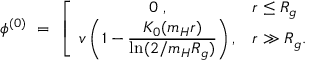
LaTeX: \phi ^ { ( 0 ) } \ = \ \left[ \begin{array} { c l } { { \displaystyle 0 \ , } } & { { r \le R _ { g } } } \\ { { \displaystyle v \left( 1 - \frac { K _ { 0 } ( m _ { H } r ) } { \ln ( 2 / m _ { H } R _ { g } ) } \right) , } } & { { r \gg R _ { g } . } } \end{array} \right.